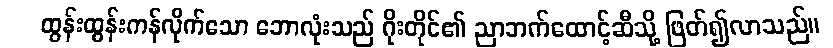
ထွန်းထွန်းကန်လိုက်သော ဘောလုံးသည် ဂိုးတိုင်၏ ညာဘက်ထောင့်ဆီသို့ ဖြတ်၍လာသည်။